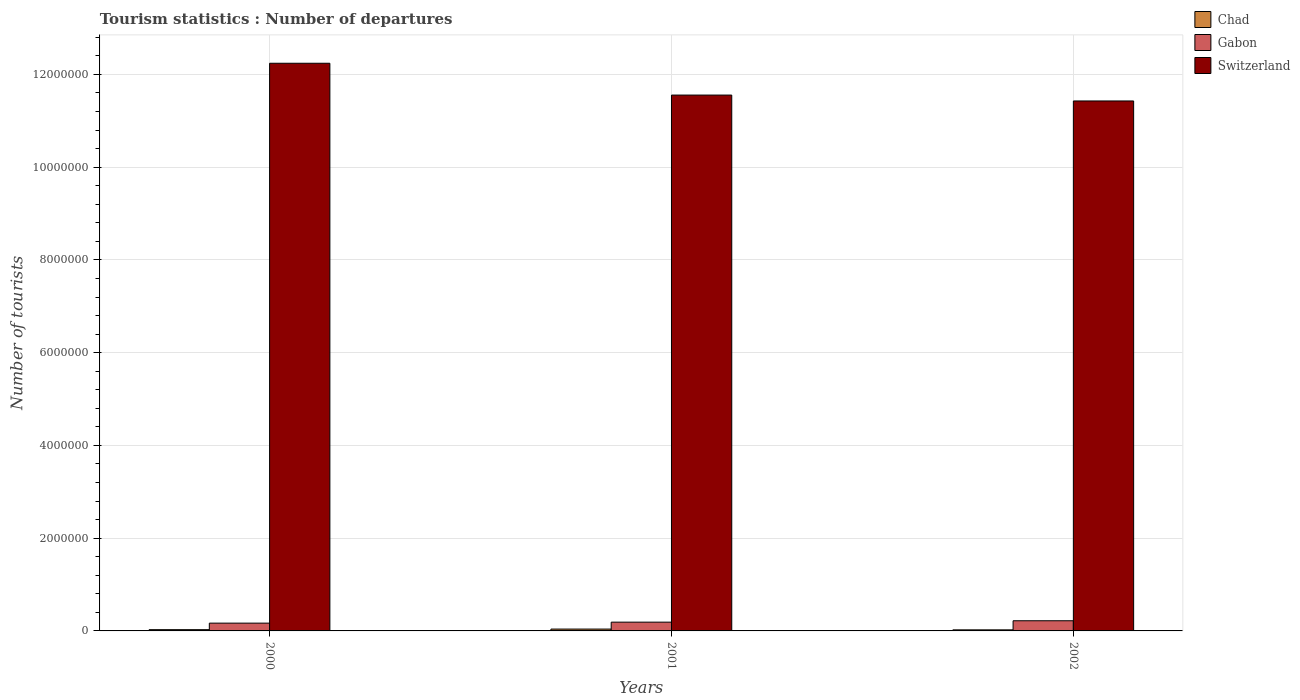
| Years | Chad | Gabon | Switzerland |
 | --- | --- | --- | --- |
 | 2000 | 2.7e+04 | 1.68e+05 | 1.22e+07 |
 | 2001 | 4e+04 | 1.89e+05 | 1.16e+07 |
 | 2002 | 2.3e+04 | 2.19e+05 | 1.14e+07 |